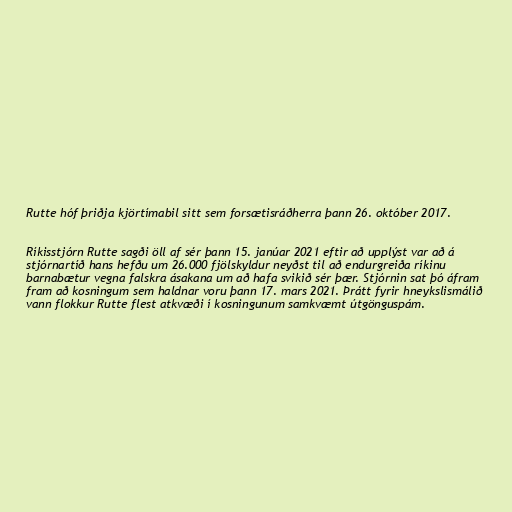
Rutte hóf þriðja kjörtímabil sitt sem forsætisráðherra þann 26. október 2017.

Ríkisstjórn Rutte sagði öll af sér þann 15. janúar 2021 eftir að upplýst var að á
stjórnartíð hans hefðu um 26.000 fjölskyldur neyðst til að endurgreiða ríkinu
barnabætur vegna falskra ásakana um að hafa svikið sér þær. Stjórnin sat þó áfram
fram að kosningum sem haldnar voru þann 17. mars 2021. Þrátt fyrir hneykslismálið
vann flokkur Rutte flest atkvæði í kosningunum samkvæmt útgönguspám.